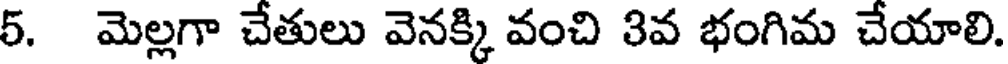
5. మెల్లగా చేతులు వెనక్కి వంచి 3వ భంగిమ చేయాలి.